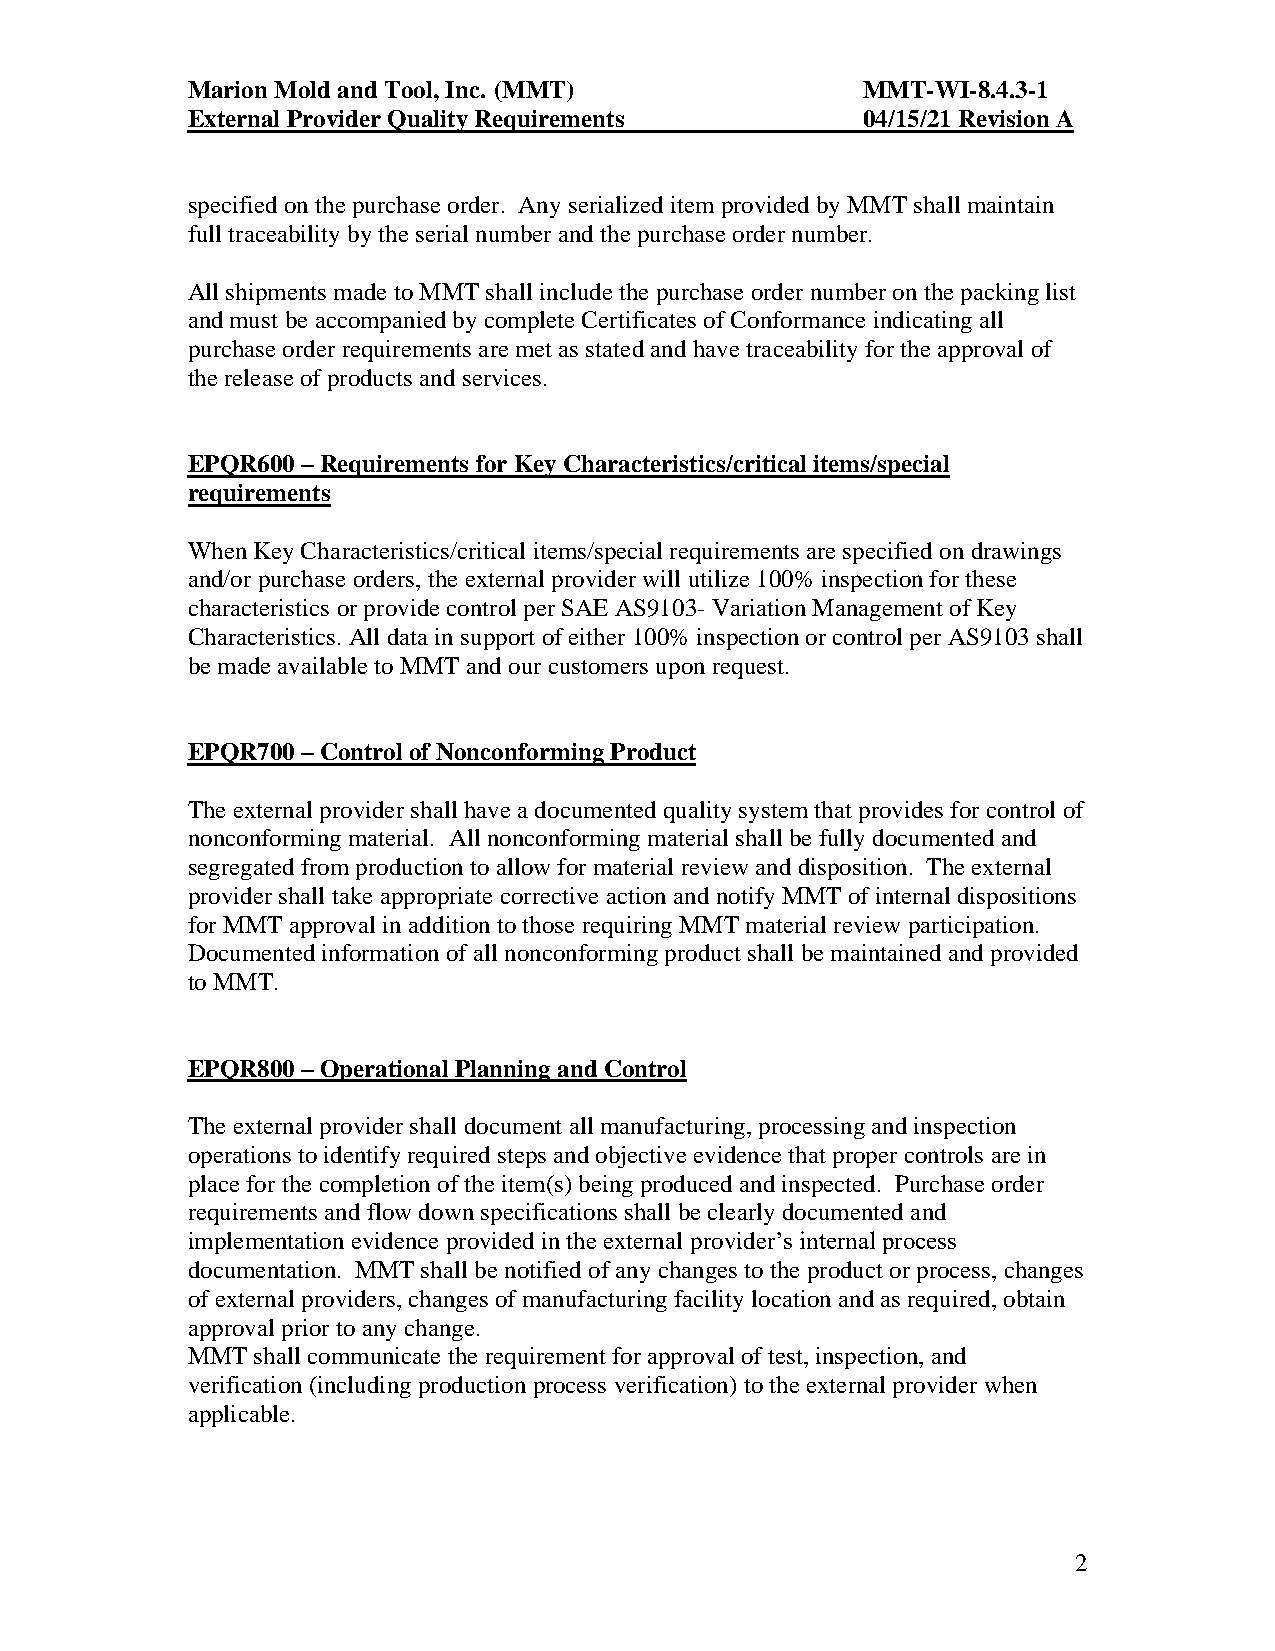
Marion Mold and Tool, Inc. (MMT)             MMT-WI-8.4.3-1
 External Provider Quality Requirements       04/15/21 Revision A
 specified on the purchase order. Any serialized item provided by MMT shall maintain
 full traceability by the serial number and the purchase order number.
 All shipments made to MMT shall include the purchase order number on the packing list
 and must be accompanied by complete Certificates of Conformance indicating all
 purchase order requirements are met as stated and have traceability for the approval of
 the release of products and services.
 EPQR600 – Requirements for Key Characteristics/critical items/special
 requirements
 When Key Characteristics/critical items/special requirements are specified on drawings
 and/or purchase orders, the external provider will utilize 100% inspection for these
 characteristics or provide control per SAE AS9103- Variation Management of Key
 Characteristics. All data in support of either 100% inspection or control per AS9103 shall
 be made available to MMT and our customers upon request.
 EPQR700 – Control of Nonconforming Product
 The external provider shall have a documented quality system that provides for control of
 nonconforming material. All nonconforming material shall be fully documented and
 segregated from production to allow for material review and disposition. The external
 provider shall take appropriate corrective action and notify MMT of internal dispositions
 for MMT approval in addition to those requiring MMT material review participation.
 Documented information of all nonconforming product shall be maintained and provided
 to MMT.
 EPQR800 – Operational Planning and Control
 The external provider shall document all manufacturing, processing and inspection
 operations to identify required steps and objective evidence that proper controls are in
 place for the completion of the item(s) being produced and inspected. Purchase order
 requirements and flow down specifications shall be clearly documented and
 implementation evidence provided in the external provider’s internal process
 documentation. MMT shall be notified of any changes to the product or process, changes
 of external providers, changes of manufacturing facility location and as required, obtain
 approval prior to any change.
 MMT  shall communicate the requirement for approval of test, inspection, and
 verification (including production process verification) to the external provider when
 applicable.
 2